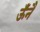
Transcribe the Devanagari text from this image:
ऊँनै